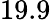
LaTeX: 19.9